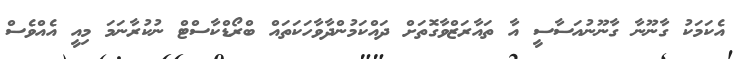
އެކަމަކު ގާނޫނާ ގާނޫނުއަސާސީ އާ ތައާރަޒްވާގޮތަށް ދައްކަމުންދާވާހަކަތައް ބްރޯޑްކާސްޓް ނުކުރާނަމަ މިއީ އެއްވެސް